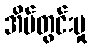
အိမ်တွင်းမှု